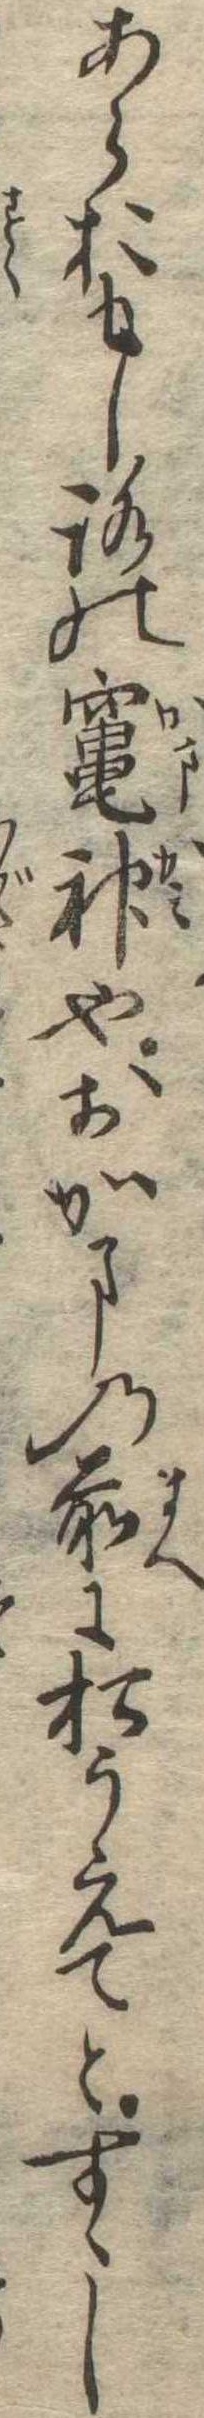
あらおもしろの竃神やおかまの前に松うえてとすゝし